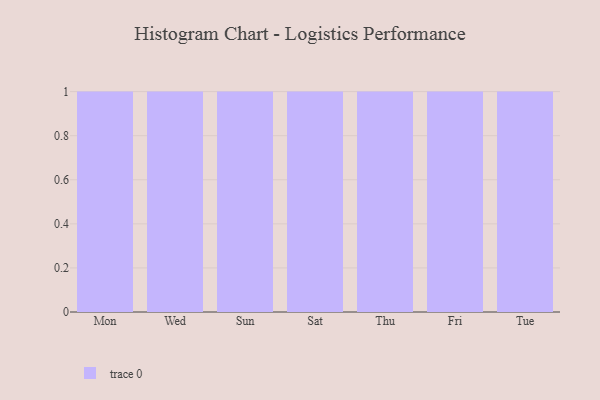
{"axis": {"x": "Day", "y": "Waste Production (Tons)"}, "legend": [""], "data": [{"x": "Mon", "y": 27, "type": ""}, {"x": "Wed", "y": 66, "type": ""}, {"x": "Sun", "y": 3, "type": ""}, {"x": "Sat", "y": 25, "type": ""}, {"x": "Thu", "y": 56, "type": ""}, {"x": "Fri", "y": 49, "type": ""}, {"x": "Tue", "y": 46, "type": ""}]}